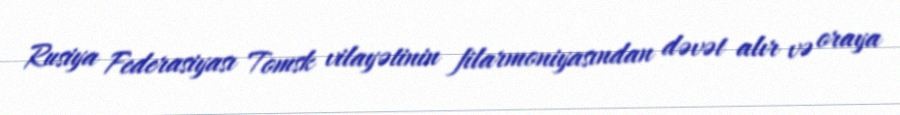
Rusiya Federasiyası Tomsk vilayətinin filarmoniyasından dəvət alır və oraya